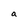
Character: a